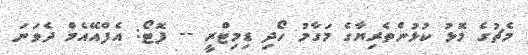
މެޗުގެ މޮޅު ކުޅުންތެރިޔާގެ މަގާމު ހޯދި ޑިމިޓްރީ -- ފޮޓޯ: އެފްއޭއެމް ދެވަނަ